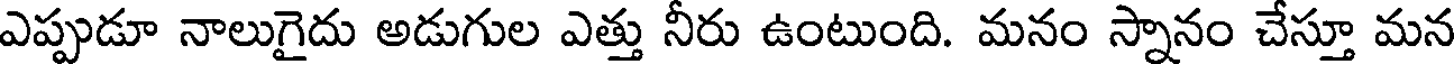
ఎప్పుడూ నాలుగైదు అడుగుల ఎత్తు నీరు ఉంటుంది. మనం స్నానం చేస్తూ మన